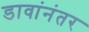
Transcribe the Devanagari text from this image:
डावांनंतर